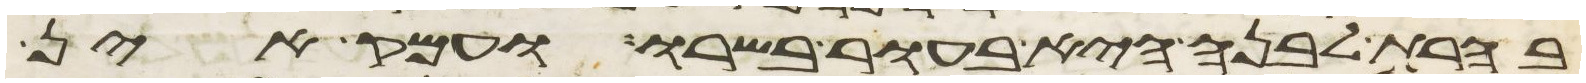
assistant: בהרת לבנה היא בעור בשרו ועמק אין